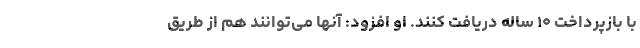
با بازپرداخت ۱۰ ساله دریافت کنند. او افزود: آنها می‌توانند هم از طریق